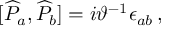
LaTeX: \lbrack \widehat { P } _ { a } , \widehat { P } _ { b } ] = i \vartheta ^ { - 1 } \epsilon _ { a b } \, ,